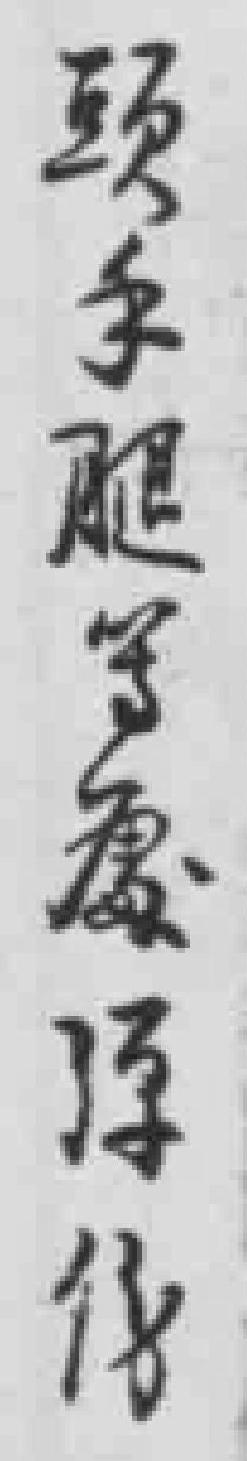
頭手腿等處弹伤